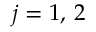
j = 1 , \, 2